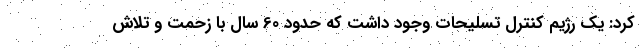
کرد: یک رژیم کنترل تسلیحات وجود داشت که حدود 60 سال با زحمت و تلاش